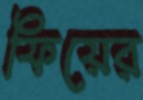
ফিয়ের